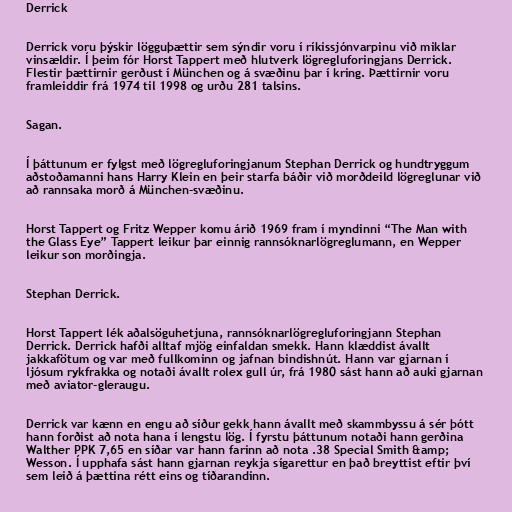
Derrick

Derrick voru þýskir lögguþættir sem sýndir voru í ríkissjónvarpinu við miklar
vinsældir. Í þeim fór Horst Tappert með hlutverk lögregluforingjans Derrick.
Flestir þættirnir gerðust í München og á svæðinu þar í kring. Þættirnir voru
framleiddir frá 1974 til 1998 og urðu 281 talsins.

Sagan.

Í þáttunum er fylgst með lögregluforingjanum Stephan Derrick og hundtryggum
aðstoðamanni hans Harry Klein en þeir starfa báðir við morðdeild lögreglunar við
að rannsaka morð á München-svæðinu.

Horst Tappert og Fritz Wepper komu árið 1969 fram í myndinni “The Man with
the Glass Eye” Tappert leikur þar einnig rannsóknarlögreglumann, en Wepper
leikur son morðingja.

Stephan Derrick.

Horst Tappert lék aðalsöguhetjuna, rannsóknarlögregluforingjann Stephan
Derrick. Derrick hafði alltaf mjög einfaldan smekk. Hann klæddist ávallt
jakkafötum og var með fullkominn og jafnan bindishnút. Hann var gjarnan í
ljósum rykfrakka og notaði ávallt rolex gull úr, frá 1980 sást hann að auki gjarnan
með aviator-gleraugu.

Derrick var kænn en engu að síður gekk hann ávallt með skammbyssu á sér þótt
hann forðist að nota hana í lengstu lög. Í fyrstu þáttunum notaði hann gerðina
Walther PPK 7,65 en síðar var hann farinn að nota .38 Special Smith &amp;
Wesson. Í upphafa sást hann gjarnan reykja sígarettur en það breyttist eftir því
sem leið á þættina rétt eins og tíðarandinn.